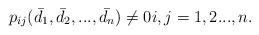
LaTeX: \begin{align*}p_{ij}(\bar{d_1},\bar{d_2},...,\bar{d_n}) \neq 0 i,j = 1,2...,n.\end{align*}